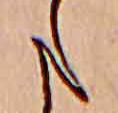
た